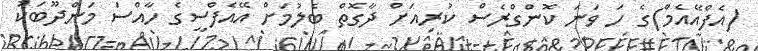
(އެފްއޭއެމް)ގެ ހަ ވަނަ ކޮންގްރެސް ކުރިއަށް ދާގޮތް ބެލުމަށް އޭއެފްސީގެ ހާއްސަ މަންދޫބަކު